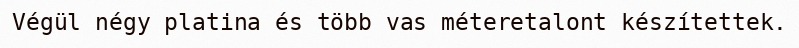
Végül négy platina és több vas méteretalont készítettek.